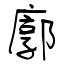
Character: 廓